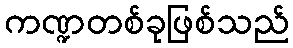
ကဏ္ဍတစ်ခုဖြစ်သည်